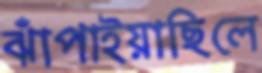
ঝাঁপাইয়াছিলে